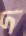
দ